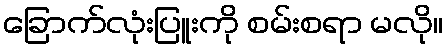
ခြောက်လုံးပြူးကို စမ်းစရာ မလို။